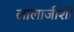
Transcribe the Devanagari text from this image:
लालाजींशी